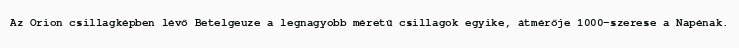
Az Orion csillagképben lévő Betelgeuze a legnagyobb méretű csillagok egyike, átmérője 1000-szerese a Napénak.